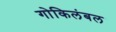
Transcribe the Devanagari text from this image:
गोकिलंबल